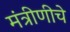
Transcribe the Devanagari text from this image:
मंत्रीणीचे